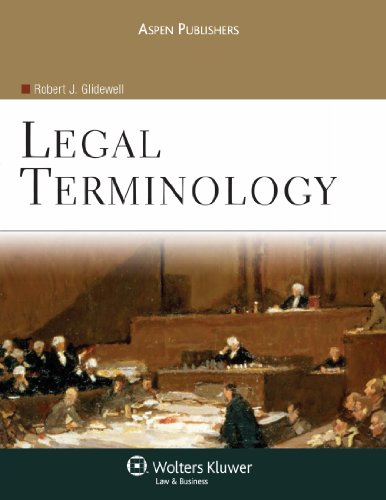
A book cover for Legal Terminology; J.D., Robert J. Glidewell; Law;